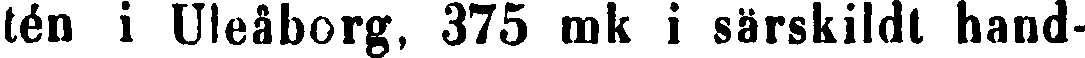
tén i Uleåborg, 375 mk i särskildt hand-